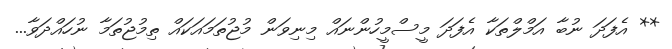
** އެފަދަ ނުބާ އަމްލްތަކާ އެފަދަ މީސްމީހުންނައް މިނިވަން މުޖުތަމައަކައް ތިމުޖުތަމާ ނުހައްދަވާ...